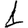
Digit: 1